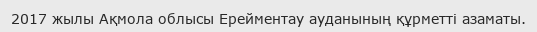
2017 жылы Ақмола облысы Ерейментау ауданының құрметті азаматы.